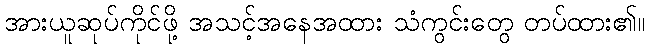
အားယူဆုပ်ကိုင်ဖို့ အသင့်အနေအထား သံကွင်းတွေ တပ်ထား၏။